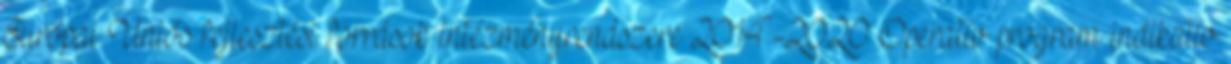
Európai Uniós fejlesztési források intézményrendszere 2014-2020 Operatív program indikatív